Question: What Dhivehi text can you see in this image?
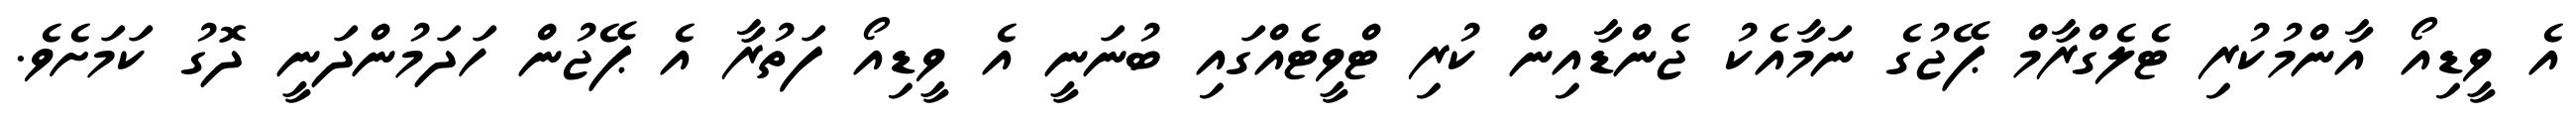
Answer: އެ ވީޑިއޯ އާންމުކުރި ޓެލެގްރާމް ޕޭޖުގެ ނަމާއެކު ޖެންޑާއިން ކުރި ޓްވީޓެއްގައި ބުނަނީ އެ ވީޑިއޯ ފަތުރާ އެ ޕޭޖުން ހަދަމުންދަނީ ދޮގު ކަމަށެވެ.